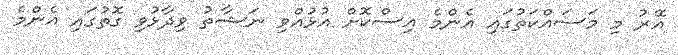
އޭރު މި މަސައްކަތުގައި އެންމެ އިސްކޮށް އުޅުއްވި ނަޝާތު ވިދާޅުވި ގޮތުގައި އެންމެ